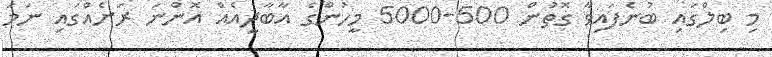
މި ބިލްގައި ބުނެފައިވާ ގޮތުން 500-5000 މީހުންގެ އާބާދީއެއް އޮންނަ ރަށެއްގައި ނަމަ